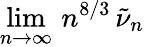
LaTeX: \operatorname*{lim}_{n\to\infty}\, n^{8/3}\, \tilde{\nu}_{n}